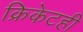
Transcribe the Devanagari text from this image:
क्रिकेटही